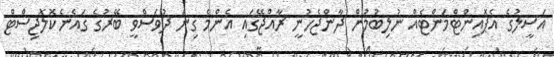
އަސީލުގެ އެޕޮއިންޓްމަންޓެއް ނުލިބުމުން ދާންޖެހުނީ ރާއްޖޭގައި އެންމެ ގިނަ ދުވަސްވީ ބޭރުގެ ގައެނެކޮލޮޖިސްޓް